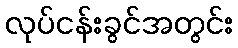
လုပ်ငန်းခွင်အတွင်း